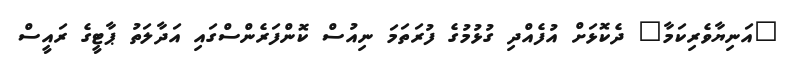
"އަނިޔާވެރިކަމާ" ދެކޮޅަށް އުފެއްދި ގުޅުމުގެ ފުރަތަމަ ނިއުސް ކޮންފަރެންސްގައި އަދާލަތު ޕާޓީގެ ރައީސް